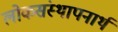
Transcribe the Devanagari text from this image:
लोकसंस्थापनार्थ